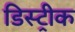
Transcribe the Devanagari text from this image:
डिस्ट्रीक